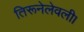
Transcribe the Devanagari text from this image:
तिरूनेलेवली।